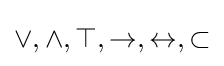
\vee ,\wedge ,\top ,\rightarrow ,\leftrightarrow ,\subset